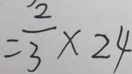
= \frac { 2 } { 3 } \times 2 4